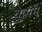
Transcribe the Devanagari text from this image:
चुन्नाम